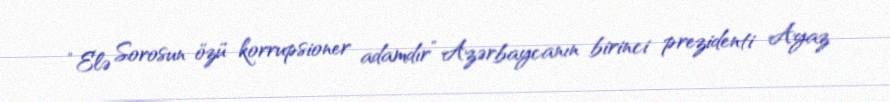
“Elə Sorosun özü korrupsioner adamdır” Azərbaycanın birinci prezidenti Ayaz